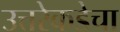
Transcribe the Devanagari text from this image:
उत्तरेकडेचा